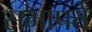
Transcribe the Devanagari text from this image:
सभापते